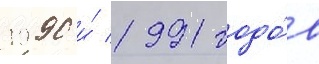
1990 и́ 1991 годо́в